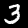
Digit: 3